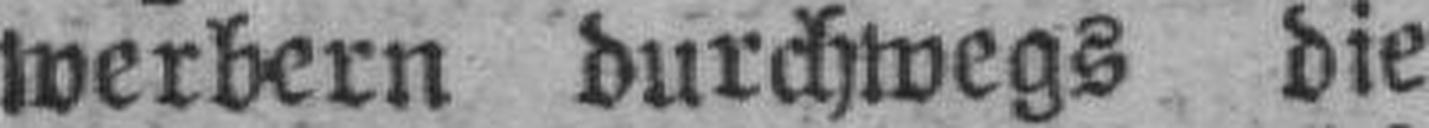
werbern durchwegs die